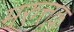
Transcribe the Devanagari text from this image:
मरुत्तक